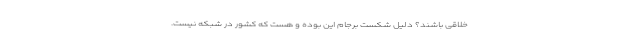
خلاقی باشند؟ دلیل شکستِ برجام این بوده و هست که کشور در شبکه نیست.